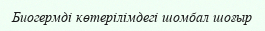
Биогермді көтерілімдегі шомбал шоғыр